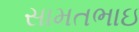
સામતભાઇ